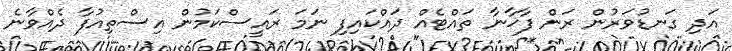
އަދި ގަނޑުވަރުން ރަން ފާޚާނާ ތައްޓެއް ދައްކައިފި ނަމަ ރައީސްކަމުން އިސްތިއުފާ ދެއްވާނެ